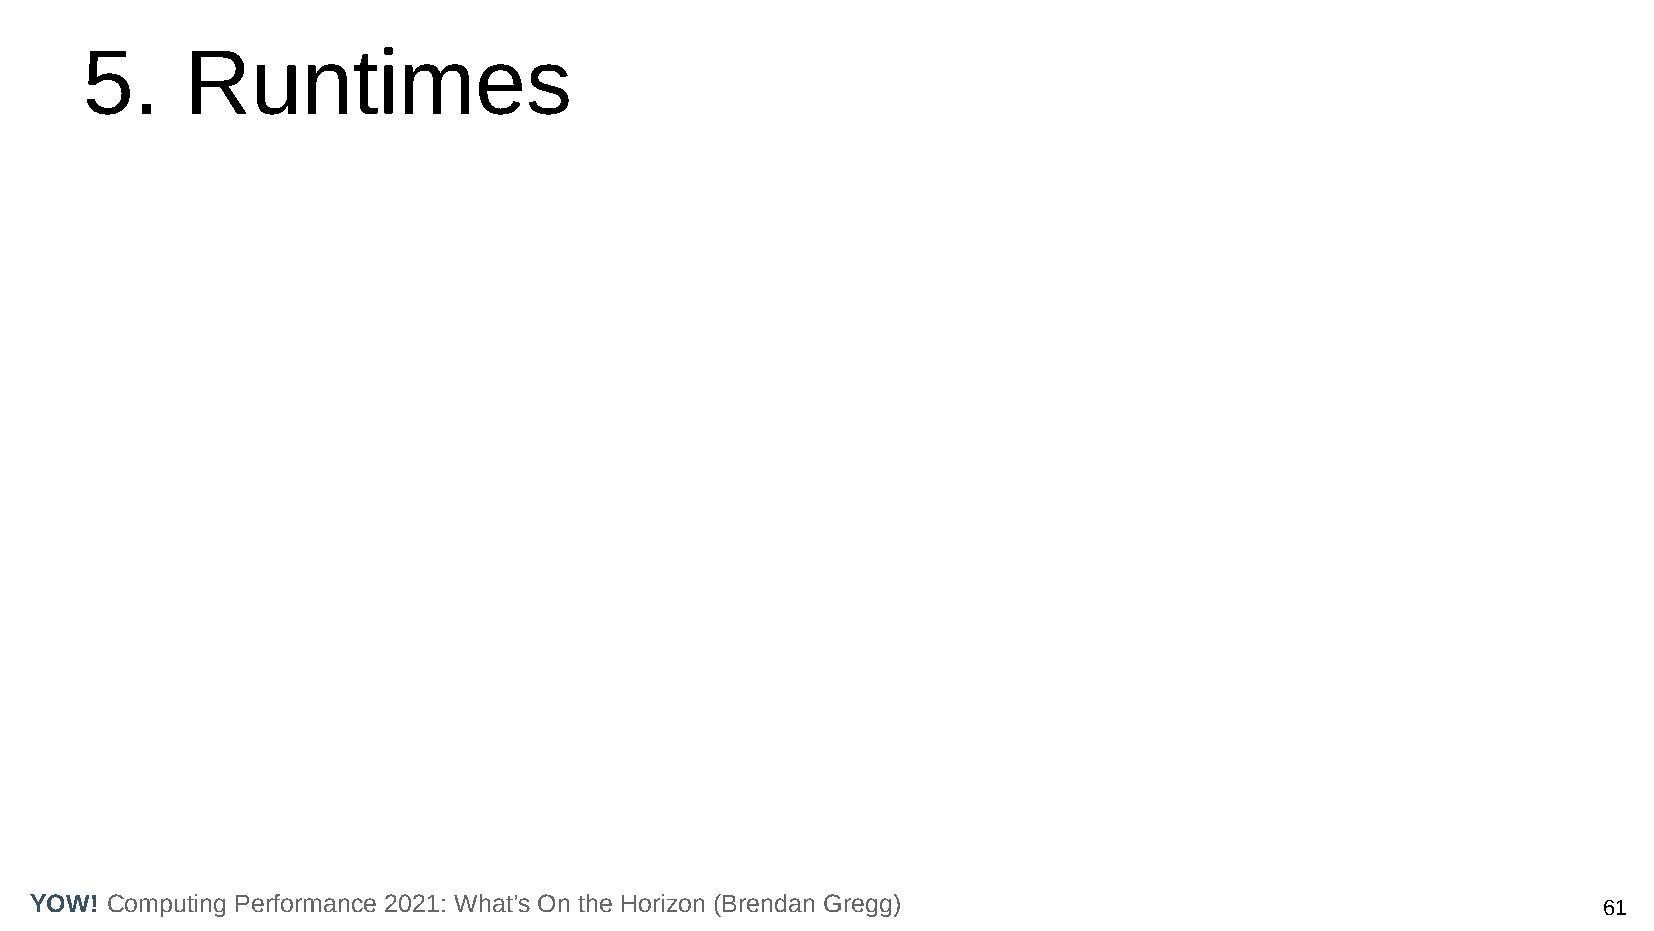
5.     Runtimes
 YOW! Computing Performance 2021: What’s On the Horizon (Brendan Gregg)                                  61